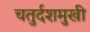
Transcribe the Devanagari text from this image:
चतुर्दशमुखी